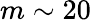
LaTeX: m\sim 20